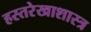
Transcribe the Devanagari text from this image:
हस्तरेखाशास्त्र